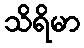
သိရိမာ